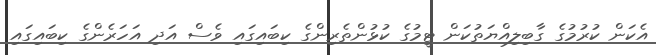
އެކަން ކުރުމުގެ ގާބިލިއްޔަތުކަން ޓީމުގެ ކުޅުންތެރިންގެ ކިބައިގައި ވެސް އަދި އަހަރެންގެ ކިބައިގައި